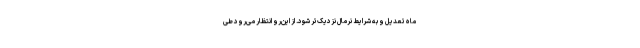
ماه تعدیل و به شرایط نرمال نزدیک‌تر شود. از این‌رو انتظار می‌رود طی